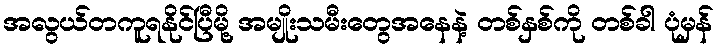
အလွယ်တကူရနိုင်ပြီမို့ အမျိုးသမီးတွေအနေနဲ့ တစ်နှစ်ကို တစ်ခါ ပုံမှန်